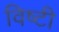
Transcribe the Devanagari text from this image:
विष्टी